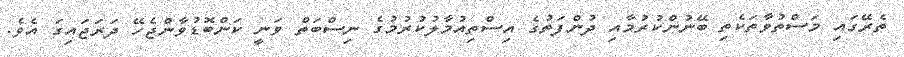
ތެރޭގައި މަސްތުވާތަކެތި ބޭނުންކުރުމާއި ދުންފަތުގެ އިސްތިއުމާލުކުރުމުގެ ނިސްބަތް ވަނީ ކަންބޮޑުވާންޖެހޭ ދަރަޖައިގަ އެވެ.